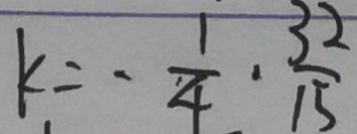
k = - \frac { 1 } { 4 } \cdot \frac { 3 2 } { 1 5 }